Annual report on the Civil Veterinary Department, Burma (including the Insein Veterinary School) - 1932-1941
Year: 1932
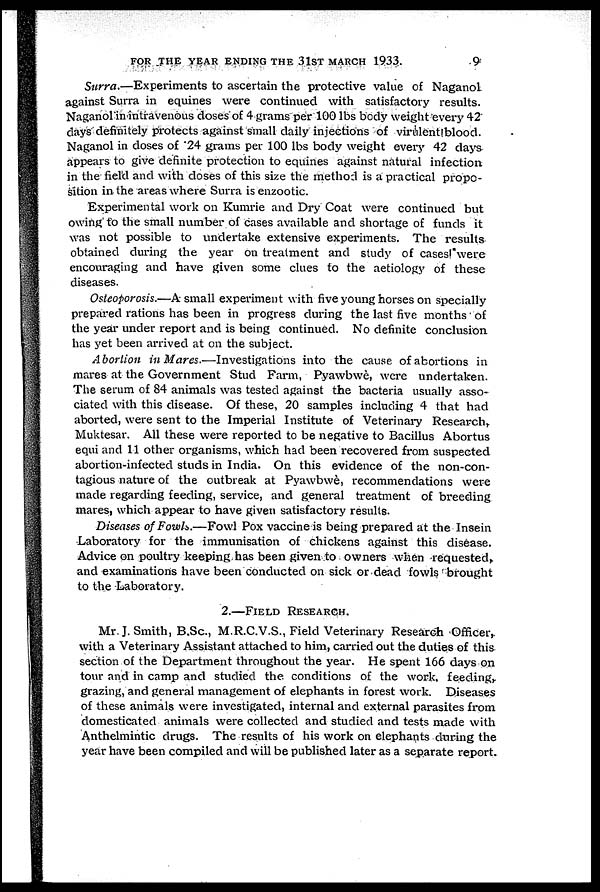
FOR THE YEAR ENDING THE 31ST MARCH 1933.
9
Surra.—Experiments to ascertain the protective value of Naganol
against Surra in equines were continued with satisfactory results.
Naganol in intravenous doses of 4 grams per 100 lbs body weight every 42
days definitely protects against small daily injections of virulent blood.
Naganol in doses of 24 grams per 100 lbs body weight every 42 days
appears to give definite protection to equines against natural infection
in the field and with doses of this size the method is a practical propo-
sition in the areas where Surra is enzootic.
Experimental work on Kumrie and Dry Coat were continued but
owing to the small number of cases available and shortage of funds it
was not possible to undertake extensive experiments. The results
obtained during the year on treatment and study of cases! were
encouraging and have given some clues to the aetiology of these
diseases.
Osteoporosis.—A small experiment with five young horses on specially
prepared rations has been in progress during the last five months of
the year under report and is being continued. No definite conclusion
has yet been arrived at on the subject.
Abortion in Mares.—Investigations into the cause of abortions in
mares at the Government Stud Farm, Pyawbwè, were undertaken.
The serum of 84 animals was tested against the bacteria usually asso-
ciated with this disease. Of these, 20 samples including 4 that had
aborted, were sent to the Imperial Institute of Veterinary Research,
Muktesar. All these were reported to be negative to Bacillus Abortus
equi and 11 other organisms, which had been recovered from suspected
abortion-infected studs in India. On this evidence of the non-con-
tagious nature of the outbreak at Pyawbwè, recommendations were
made regarding feeding, service, and general treatment of breeding
mares, which appear to have given satisfactory results.
Diseases of Fowh.—Fowl Pox vaccine is being prepared at the Insein
Laboratory for the immunisation of chickens against this disease.
Advice on poultry keeping has been given to owners when requested,
and examinations have been conducted on sick or dead fowls brought
to the Laboratory.
2.—FIELD RESEARCH.
Mr. J. Smith, B.Sc., M.R.C.V.S., Field Veterinary Research Officer,
with a Veterinary Assistant attached to him, carried out the duties of this
section of the Department throughout the year. He spent 166 days on
tour and in camp and studied the. conditions of the work, feeding,
grazing, and general management of elephants in forest work. Diseases
of these animals were investigated, internal and external parasites from
domesticated animals were collected and studied and tests made with
Anthelmintic drugs. The results of his work on elephants during the
year have been compiled and will be published later as a separate report.